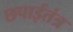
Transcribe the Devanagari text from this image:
छपाईतंत्र